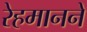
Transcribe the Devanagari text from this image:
रेहमानने